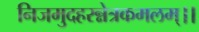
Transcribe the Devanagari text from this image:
निजमुदहरन्नेत्रकमलम्।।